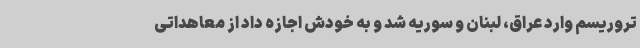
تروریسم وارد عراق، لبنان و سوریه شد و به خودش اجازه داد از معاهداتی